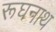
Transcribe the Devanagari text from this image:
रूघनाथ